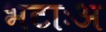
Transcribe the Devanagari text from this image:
भटाःअ